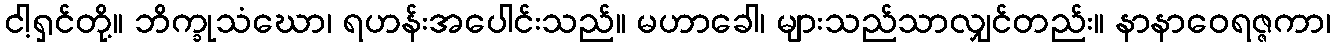
ငါ့ရှင်တို့။ ဘိက္ခုသံဃော၊ ရဟန်းအပေါင်းသည်။ မဟာခေါ၊ များသည်သာလျှင်တည်း။ နာနာဝေရဇ္ဇကာ၊